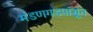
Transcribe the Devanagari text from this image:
मंडणगडपासून